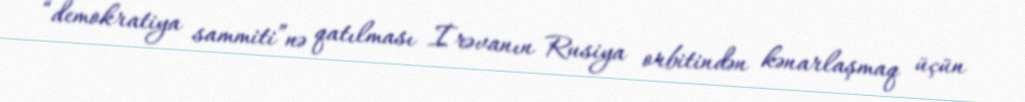
“demokratiya sammiti”nə qatılması İrəvanın Rusiya orbitindən kənarlaşmaq üçün